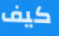
كيف